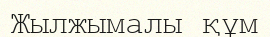
Жылжымалы құм